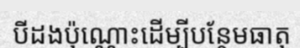
បីដងប៉ុណ្ណោះដើម្បីបន្ថែមធាតុ